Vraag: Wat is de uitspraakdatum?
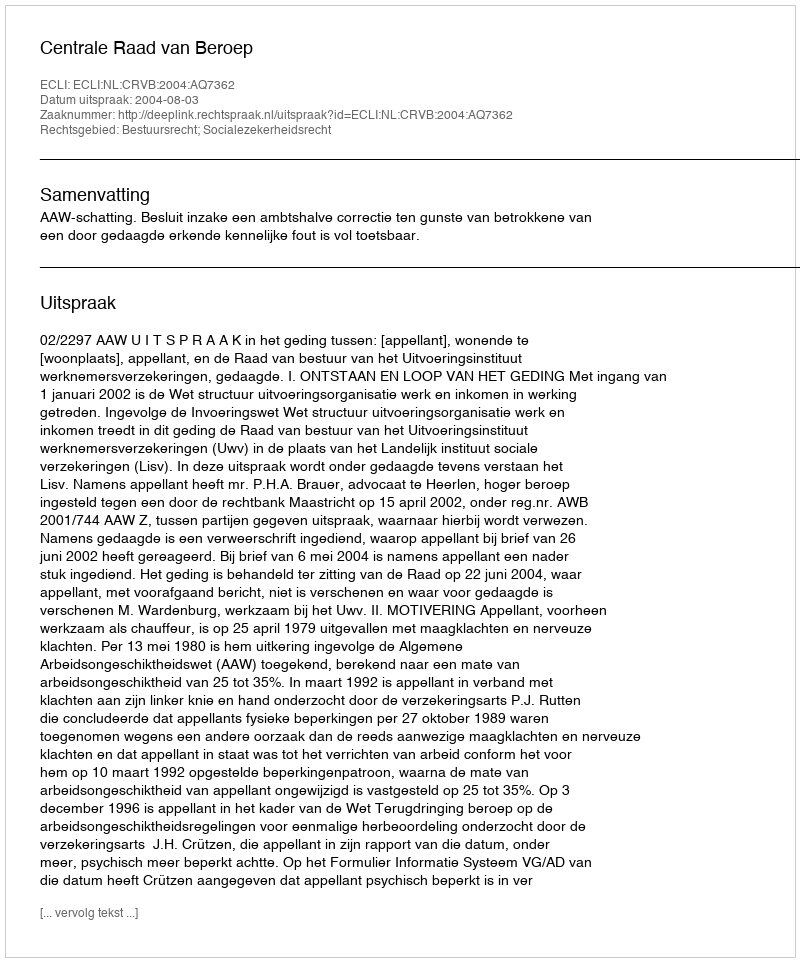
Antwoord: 2004-08-03